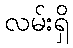
လမ်းရှိ